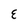
Character: E